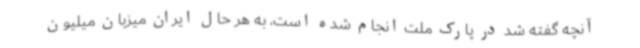
آنچه گفته شد در پارک ملت انجام شده است، به هر حال ایران میزبان میلیون